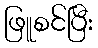
ဖြူစင်ပြီး